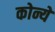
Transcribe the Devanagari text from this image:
कोन्ये